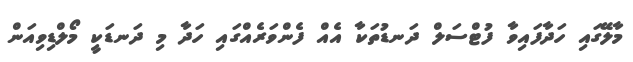
މާލޭގައި ހަދާފައިވާ ފުޓްސަލް ދަނޑުތަކާ އެއް ފެންވަރެއްގައި ހަދާ މި ދަނޑަކީ މޯލްޑިވިއަން